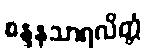
စန္ဒနသာရလိတ္တံ